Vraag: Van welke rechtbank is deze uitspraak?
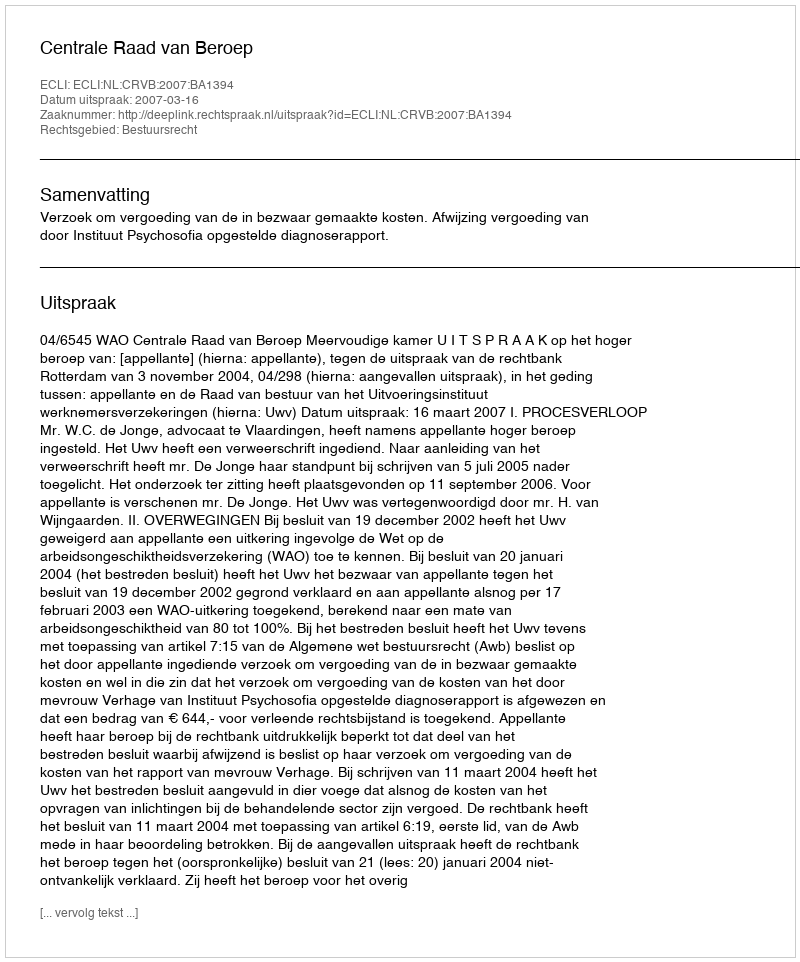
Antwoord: Centrale Raad van Beroep